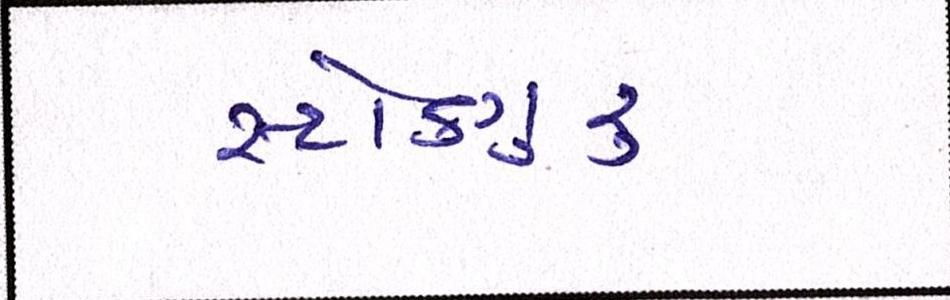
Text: સ્ટોકગુરૃ